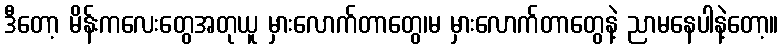
ဒီတော့ မိန်းကလေးတွေအတုယူ မှားလောက်တာတွေ၊မ မှားလောက်တာတွေနဲ့ ညာမနေပါနဲ့တော့။